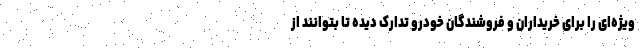
ویژه‌ای را برای خریداران و فروشندگان خودرو تدارک دیده تا بتوانند از